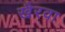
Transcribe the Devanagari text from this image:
खैरवा